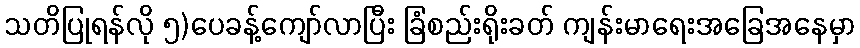
သတိပြုရန်လို ၅)ပေခန့်ကျော်လာပြီး ခြံစည်းရိုးခတ် ကျန်းမာရေးအခြေအနေမှာ